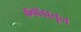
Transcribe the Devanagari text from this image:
कवाडातून